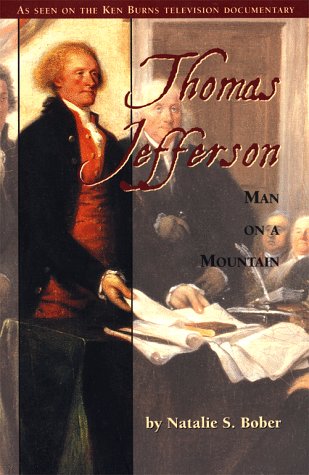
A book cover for Thomas Jefferson: Man on a Mountain; Natalie S. Bober; Teen & Young Adult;